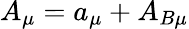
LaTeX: A_{\mu}=a_{\mu}+A_{B\mu}